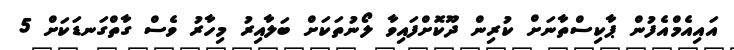
އައިއެމްއެފުން ޕާކިސްތާނަށް ކުރިން ދޫކޮށްފައިވާ ލޯނުތަކަށް ބަލާއިރު މިހާރު ވެސް ގާތްގަނޑަކަށް 5